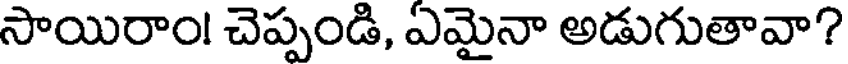
సాయిరాం! చెప్పండి, ఎమైనా అడుగుతావా?